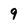
Character: 9